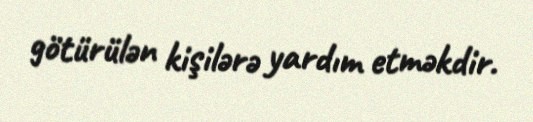
götürülən kişilərə yardım etməkdir.